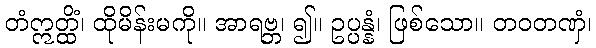
တံဣတ္ထိံ၊ ထိုမိန်းမကို။ အာရဗ္ဘ၊ ၍။ ဥပ္ပန္နံ၊ ဖြစ်သော။ တဝတဏှံ၊